Indian journal of veterinary science and animal husbandry - Volume 7,
Year: 1937
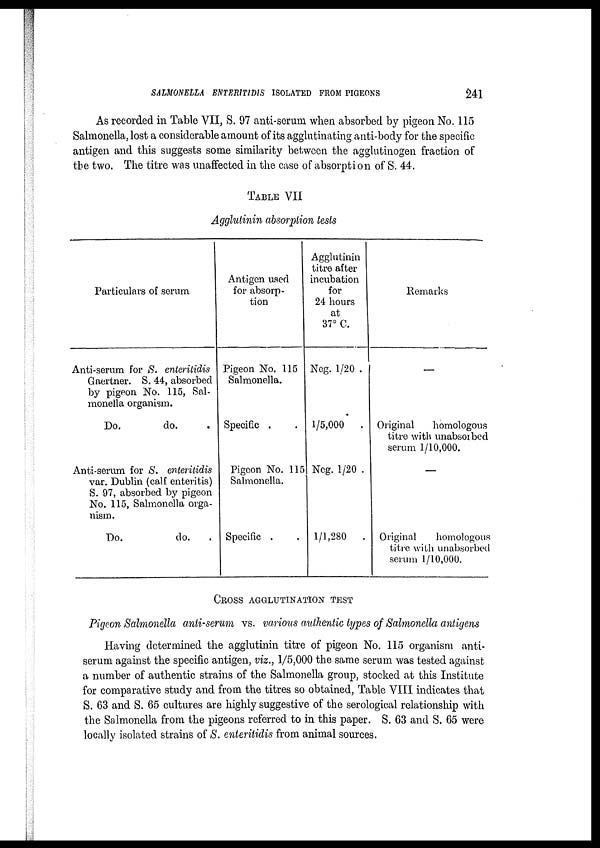
SALMONELLA ENTERITIDIS ISOLATED FROM PIGEONS
241
As recorded in Table VII, S. 97 anti-serum when absorbed by pigeon No. 115
Salmonella, lost a considerable amount of its agglutinating anti-body for the specific
antigen and this suggests some similarity between the agglutinogen fraction of
the two. The titre was unaffected in the case of absorption of S. 44.
TABLE VII
Agglutinin absorption tests
Particulars of serum
Anti-serum for S. enteritidis
Gaertner. S. 44, absorbed
by pigeon No. 115, Sal-
monella organism.
Do.
do. .
Anti-serum for S. enteritidis
var. Dublin (calf enteritis)
S. 97, absorbed by pigeon
No. 115, Salmonella orga-
nism.
Do.
do. .
Antigen used
for absorp-
tion
Pigeon No. 115
Salmonella.
Specific . .
Pigeon No. 115
Salmonella.
Specific . .
Agglutinin
titre after
incubation
for
24 hours
at
37° C.
Neg. 1/20 .
1/5,000 .
Neg. 1/20 .
1/1,280
.
Remarks
—
Original
homologous
titre with unabsorbed
serum 1/10,000.
—
Original
homologous
titre with unabsorbed
serum 1/10,000.
CROSS AGGLUTINATION TEST
Pigeon Salmonella anti-serum vs. various authentic types of Salmonella antigens
Having determined the agglutinin titre of pigeon No. 115 organism anti-
serum against the specific antigen, viz., 1/5,000 the same serum was tested against
a number of authentic strains of the Salmonella group, stocked at this Institute
for comparative study and from the titres so obtained, Table VIII indicates that
S. 63 and S. 65 cultures are highly suggestive of the serological relationship with
the Salmonella from the pigeons referred to in this paper. S. 63 and S. 65 were
locally isolated strains of S. enteritidis from animal sources.